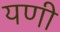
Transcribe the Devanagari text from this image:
यणी